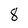
Character: 8